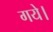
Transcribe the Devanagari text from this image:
गयेे।